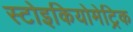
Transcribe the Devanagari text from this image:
स्टोइकियोमेट्रिक